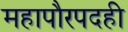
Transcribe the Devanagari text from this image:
महापौरपदही